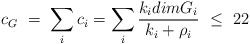
\begin{align*}c_G\ =\ \sum _i c_i = \sum _i {{k_idimG_i}\over {k_i+ \rho_i}}\ \leq \ 22\end{align*}